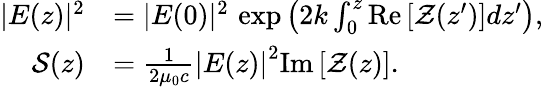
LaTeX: \begin{array}{rl}{|E(z)|^{2}}&{=|E(0)|^{2}\, \exp\left(2k\int_{0}^{z}\mathrm{Re}\left[\mathcal{Z}(z^{\prime})\right]dz^{\prime}\right),}\\ {\mathcal{S}(z)}&{=\frac{1}{2\mu_{0}c}\left|E(z)\right|^{2}\mathrm{Im}\left[\mathcal{Z}(z)\right].}\end{array}